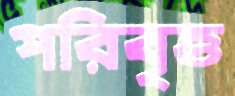
পরিবৃত্ত